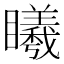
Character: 䂀